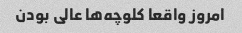
امروز واقعا کلوچه‌ها عالی بودن